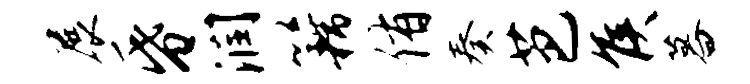
展昏润籍侑奏芭侯暮